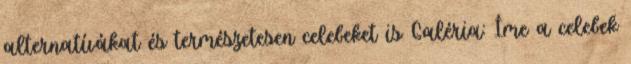
alternatívákat és természetesen celebeket is Galéria: Íme a celebek